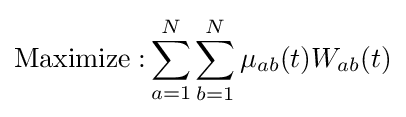
\mathrm {Maximize:} \sum _{a=1}^{N}\sum _{b=1}^{N}\mu _{ab}(t)W_{ab}(t)